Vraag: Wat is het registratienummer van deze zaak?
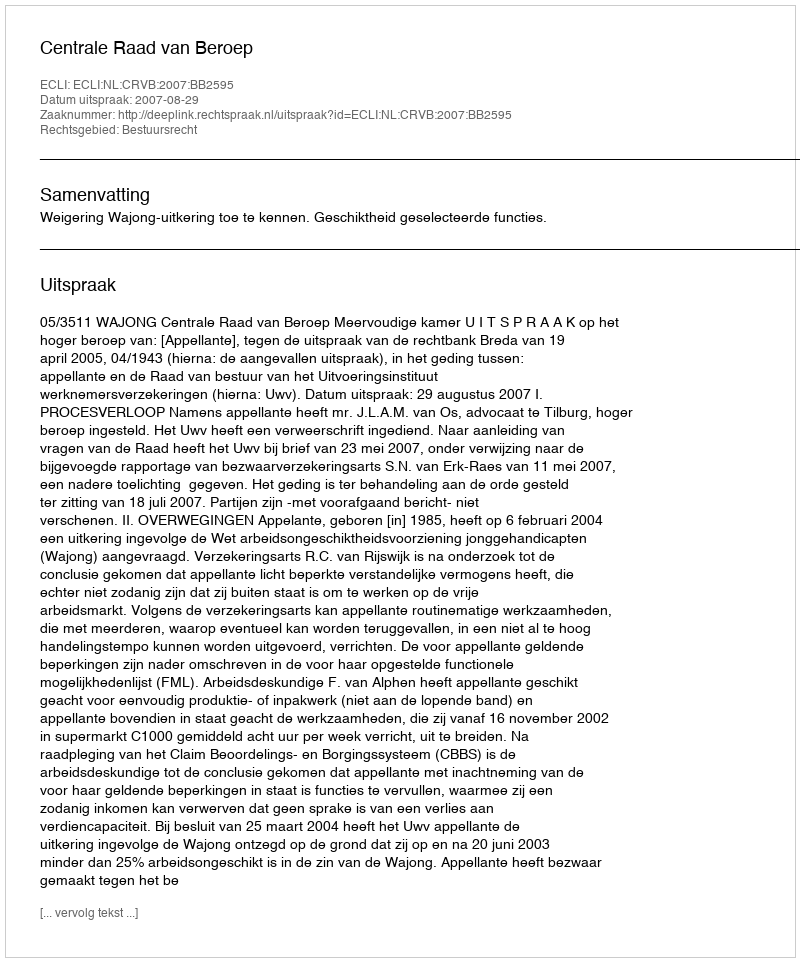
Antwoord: http://deeplink.rechtspraak.nl/uitspraak?id=ECLI:NL:CRVB:2007:BB2595